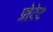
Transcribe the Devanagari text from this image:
प्रोटेट